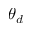
\theta _ { d }